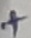
Text: +